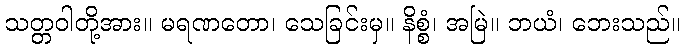
သတ္တဝါတို့အား။ မရဏတော၊ သေခြင်းမှ။ နိစ္စံ၊ အမြဲ။ ဘယံ၊ ဘေးသည်။